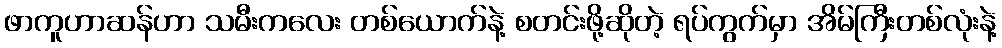
ဖာကူဟာဆန်ဟာ သမီးကလေး တစ်ယောက်နဲ့ စတင်းဖို့ဆိုတဲ့ ရပ်ကွက်မှာ အိမ်ကြီးတစ်လုံးနဲ့